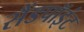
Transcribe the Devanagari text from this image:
सैंडपॉइंट